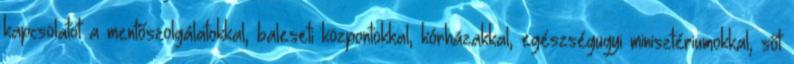
kapcsolatot a mentőszolgálatokkal, baleseti központokkal, kórházakkal, egészségügyi minisztériumokkal, sőt